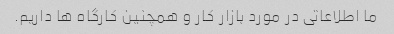
ما اطلاعاتی در مورد بازار کار و همچنین کارگاه ها داریم.